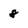
Character: 8